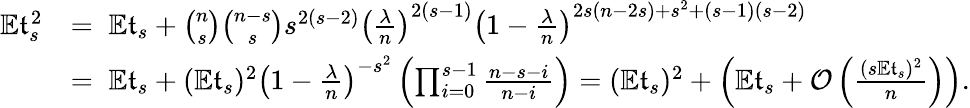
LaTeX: \begin{array}{rl}{\mathbb E\mathfrak{t}_{s}^{2}}&{=\; \mathbb E\mathfrak{t}_{s}+\binom{n}{s}\binom{n-s}{s}s^{2(s-2)}\left(\frac{\lambda}{n}\right)^{2(s-1)}\left(1-\frac{\lambda}{n}\right)^{2s(n-2s)+s^{2}+(s-1)(s-2)}}\\ &{=\; \mathbb E\mathfrak{t}_{s}+(\mathbb E\mathfrak{t}_{s})^{2}\left(1-\frac{\lambda}{n}\right)^{-s^{2}}\left(\prod_{i=0}^{s-1}\frac{n-s-i}{n-i}\right)=(\mathbb E\mathfrak{t}_{s})^{2}+\left(\mathbb E\mathfrak{t}_{s}+\mathcal{O}\left(\frac{(s\mathbb E\mathfrak{t}_{s})^{2}}{n}\right)\right).}\end{array}